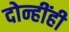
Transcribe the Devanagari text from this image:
दोन्हींही